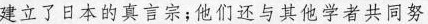
建立了日本的真言宗；他们还与其他学者共同努